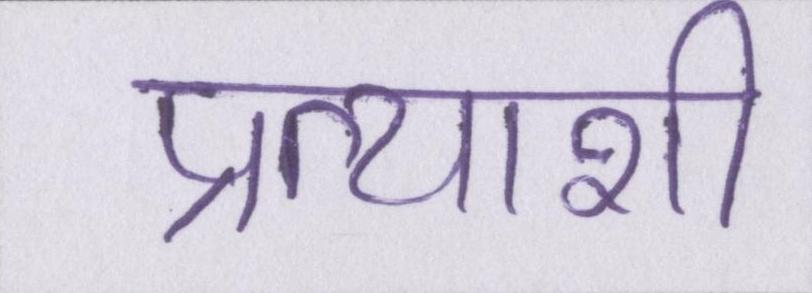
प्रत्याशी